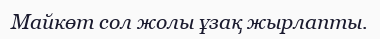
Майкөт сол жолы ұзақ жырлапты.